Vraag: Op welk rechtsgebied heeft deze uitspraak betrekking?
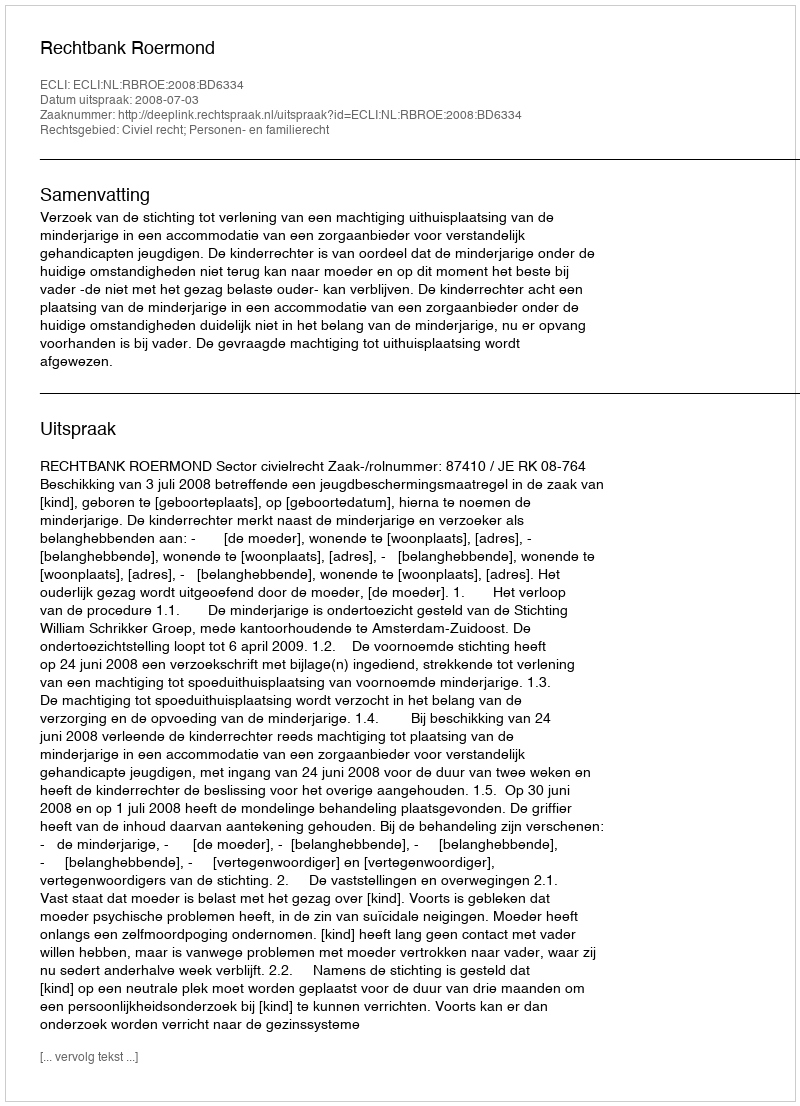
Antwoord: Civiel recht; Personen- en familierecht